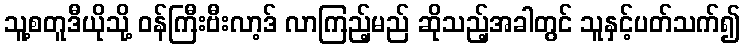
သူ့စတူဒီယိုသို့ ဝန်ကြီးဗီးလာ့ဒ် လာကြည့်မည် ဆိုသည့်အခါတွင် သူနှင့်ပတ်သက်၍